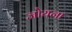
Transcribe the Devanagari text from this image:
जोयना